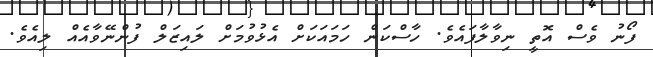
ފޯނު ވެސް އޮތީ ނިވާލާފައެވެ. ހާސްކަން ހަމައަކަށް އެޅުވުމަށް ލައިޒަލް ފުންނޭވާއެއް ލިއެވެ.